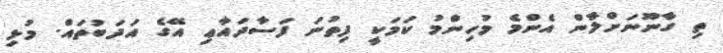
ތި ގާނޫނަށްލާން އެންމެ މުހިންމު ކަމަކީ ފިތުނަ ފަސާދައާޢި އޭގެ އަދަބުތައް. މުޅި